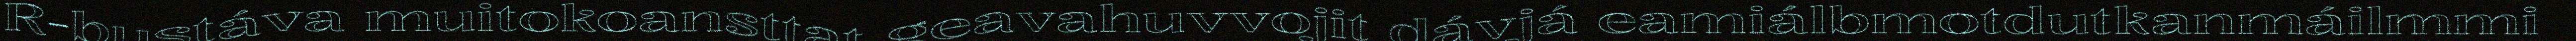
R-bustáva muitokoansttat geavahuvvojit dávjá eamiálbmotdutkanmáilmmi